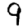
Digit: 9